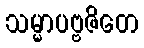
သမ္မာပဗ္ဗဇိတေ